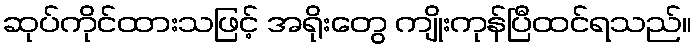
ဆုပ်ကိုင်ထားသဖြင့် အရိုးတွေ ကျိုးကုန်ပြီထင်ရသည်။